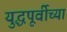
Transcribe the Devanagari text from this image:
युद्धपूर्वीच्या